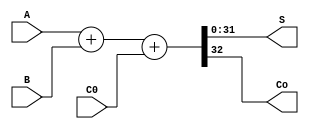
`timescale 1ns / 1ps
//////////////////////////////////////////////////////////////////////////////////
// Company: 
// Engineer: 
// 
// Design Name: 
// Module Name:    ADC32 
// Project Name: 
// Target Devices: 
// Tool versions: 
// Description: 
//
// Dependencies: 
//
// Revision: 
// Revision 0.01 - File Created
// Additional Comments: 
//
//////////////////////////////////////////////////////////////////////////////////
module ADC32(
   input [31:0] A,
   input [31:0] B,
	input C0,        //C0=1
   output [31:0] S, //
	output Co        //
);
   wire [32:0] temp;
   assign temp = A + B + C0;
	assign S = temp[31:0];
	assign Co = temp[32];
endmodule